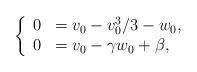
LaTeX: \begin{align*}\left\{\begin{array}{rl}0 &= v_0-v_0^3/3-w_0,\\0 &= v_0-\gamma w_0 + \beta,\\\end{array}\right.\end{align*}